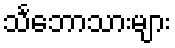
သင်္ဘောသားများ